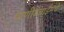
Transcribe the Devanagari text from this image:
पाणीटंचाईमधे